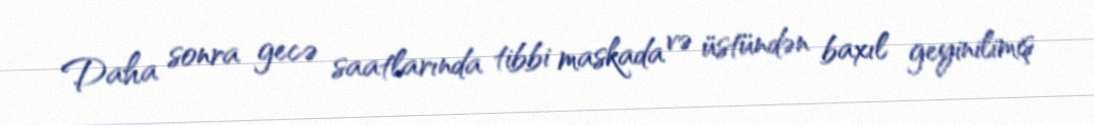
Daha sonra gecə saatlarında tibbi maskada və üstündən baxıl geyinilimiş